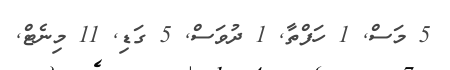
5 މަސް